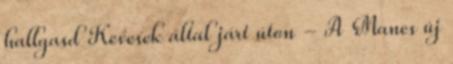
hallgasd Kevesek által járt úton - A Manes új